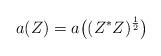
LaTeX: \begin{align*}a(Z) = a\big((Z^*Z)^\frac{1}{2}\big)\end{align*}